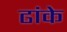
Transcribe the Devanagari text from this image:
ढांके